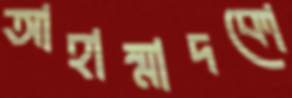
আহাম্মাদকো